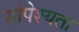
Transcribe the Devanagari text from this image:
सोपेश्यता